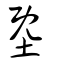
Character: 塈